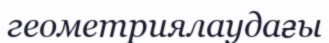
геометриялаудағы